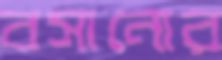
বসানোর